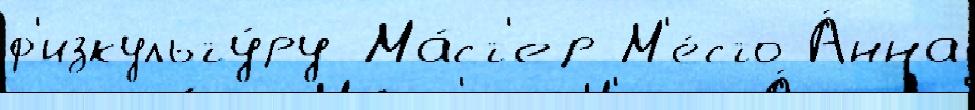
ф'изкульту́ру Ма́ст'ер М'е́сто А́нна